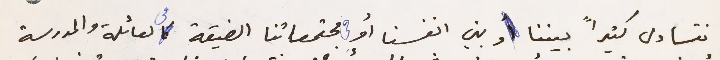
نتساءل كثيراً بيننا وبين انفسنا أو  في مجتمعاتنا الضيقة فى لعائلة والمدرسة